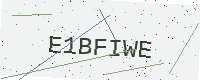
Text: E1BFIWE